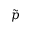
\tilde { p }